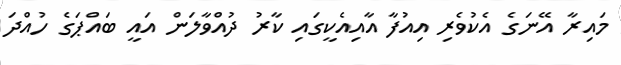
މައިރާ އޭނަގެ އެކުވެރި އިއުފާ އާއިއެކީގައި ކާރު ދުއްވާލަން އައީ ބައްޕަގެ ހުއްދަ